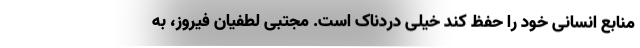
منابع انسانی خود را حفظ کند خیلی دردناک است. مجتبی لطفیان فیروز، به